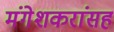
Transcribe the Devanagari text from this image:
मंगेशकरांसह